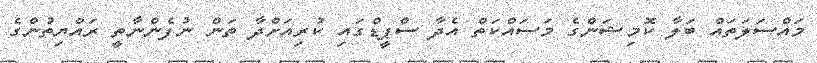
މައްސަލަތައް ބަލާ ކޮމިޝަންގެ މަސައްކަތް އެދާ ސްޕީޑްގައި ކުރިއަށްދާ ތަން ނުފެންނާތީ ރައްޔިތުންގެ